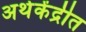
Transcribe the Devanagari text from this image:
अर्थकेंद्रीत